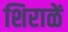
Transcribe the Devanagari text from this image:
शिराळें